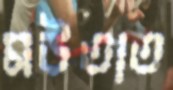
মউতাত